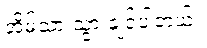
အိမ်သာ သွားချင်ပါတယ်။